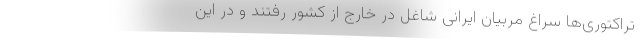
تراکتوری‌ها سراغ مربیان ایرانی شاغل در خارج از کشور رفتند و در این